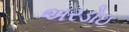
અરડોઇ